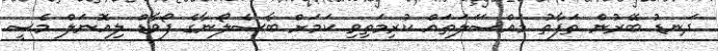
ދަނޑު ބޭރުން ތަފާތު މައްސަަލަތައް ކުރިމަތިވި ކަމަށް ބާސެލޯނާގެ ފޯވާޑް ލިއޮނަލް މެސީ